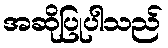
အဆိုပြုပါသည်